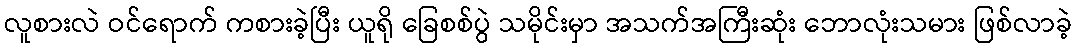
လူစားလဲ ဝင်ရောက် ကစားခဲ့ပြီး ယူရို ခြေစစ်ပွဲ သမိုင်းမှာ အသက်အကြီးဆုံး ဘောလုံးသမား ဖြစ်လာခဲ့